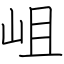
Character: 岨